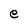
Character: e